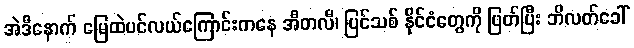
အဲဒီနောက် မြေထဲပင်လယ်ကြောင်းကနေ အီတလီ၊ ပြင်သစ် နိုင်ငံတွေကို ဖြတ်ပြီး ဘိလတ်ခေါ်